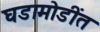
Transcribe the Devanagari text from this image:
घडामोडींत